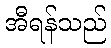
အီရန်သည်